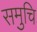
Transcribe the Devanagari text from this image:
समुचि